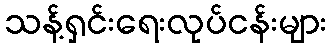
သန့်ရှင်းရေးလုပ်ငန်းများ